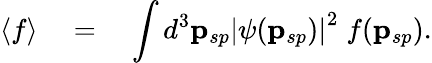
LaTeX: \left\langle f\right\rangle\quad=\quad\int d^{3}{\mathbf p}_{sp}\left|\psi({\mathbf p}_{sp})\right|^{2}\; f({\mathbf p}_{sp}).